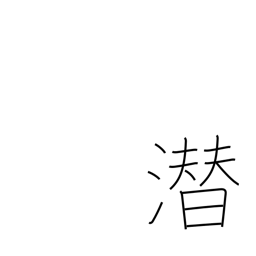
Meaning: hide